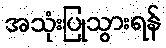
အသုံးပြုသွားရန်